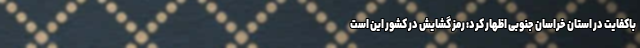
باکفایت در استان خراسان جنوبی اظهار کرد: رمز گشایش در کشور این است